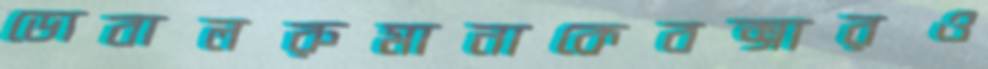
ডোবালরুমানাকেবক্সারও